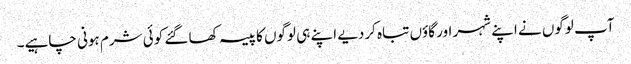
آپ لوگوں نے اپنے شہر اور گاؤں تباہ کردیے اپنے ہی لوگوں کا پیسہ کھا گئے کوئی شرم ہونی چاہیے۔